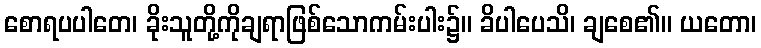
စောရပပါတေ၊ ခိုးသူတို့ကိုချရာဖြစ်သောကမ်းပါး၌။ ခိပါပေသိ၊ ချစေ၏။ ယတော၊